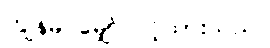
ကျွန်မ မျှော်လင့်ထားသည်။